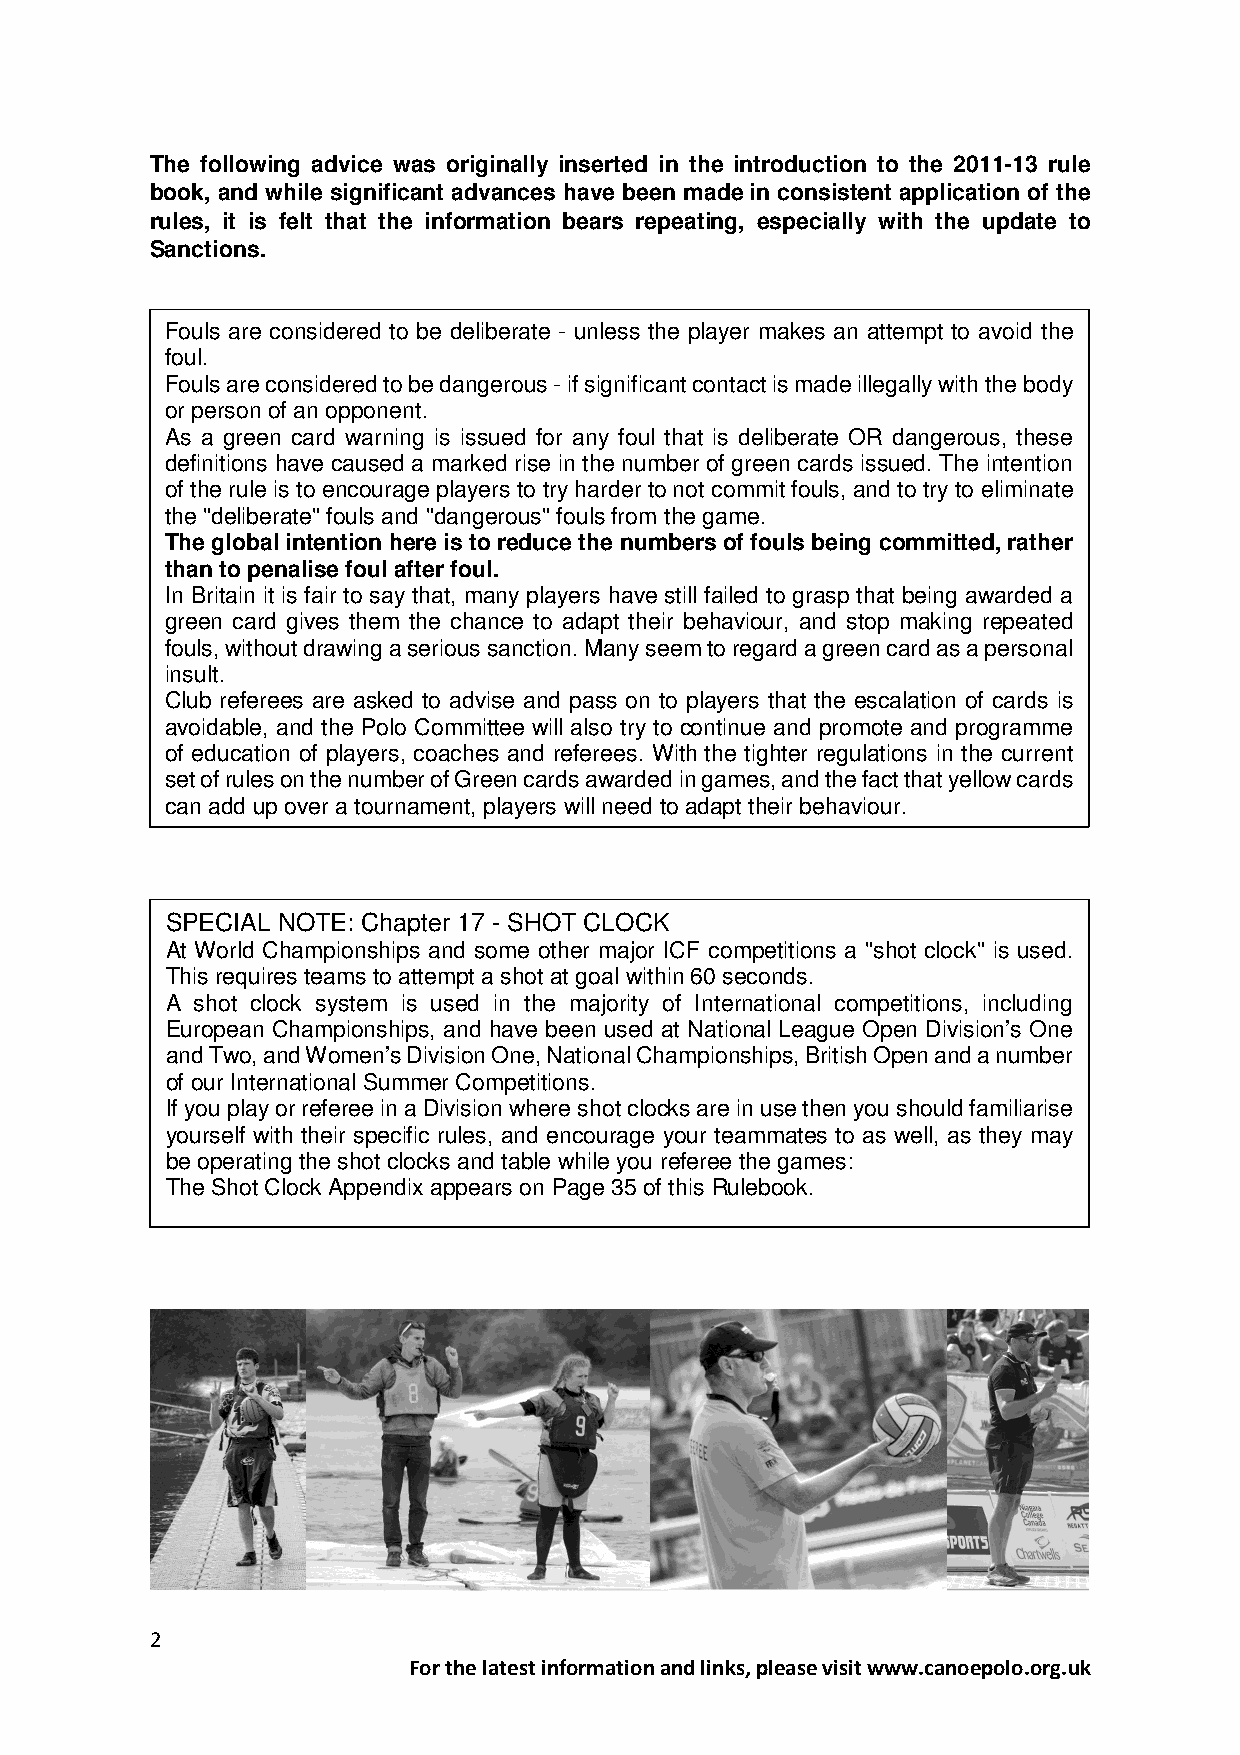
The following advice was originally inserted in the introduction to the 2011-13 rule
 book, and while significant advances have been made in consistent application of the
 rules, it is felt that the information bears repeating, especially with the update to
 Sanctions.
 Fouls are considered to be deliberate - unless the player makes an attempt to avoid the
 foul.
 Fouls are considered to be dangerous - if significant contact is made illegally with the body
 or person of an opponent.
 As a green card warning is issued for any foul that is deliberate OR dangerous, these
 definitions have caused a marked rise in the number of green cards issued. The intention
 of the rule is to encourage players to try harder to not commit fouls, and to try to eliminate
 the "deliberate" fouls and "dangerous" fouls from the game.
 The global intention here is to reduce the numbers of fouls being committed, rather
 than to penalise foul after foul.
 In Britain it is fair to say that, many players have still failed to grasp that being awarded a
 green card gives them the chance to adapt their behaviour, and stop making repeated
 fouls, without drawing a serious sanction. Many seem to regard a green card as a personal
 insult.
 Club referees are asked to advise and pass on to players that the escalation of cards is
 avoidable, and the Polo Committee will also try to continue and promote and programme
 of education of players, coaches and referees. With the tighter regulations in the current
 set of rules on the number of Green cards awarded in games, and the fact that yellow cards
 can add up over a tournament, players will need to adapt their behaviour.
 SPECIAL NOTE: Chapter 17 - SHOT CLOCK
 At World Championships and some other major ICF competitions a "shot clock" is used.
 This requires teams to attempt a shot at goal within 60 seconds.
 A shot clock system is used in the majority of International competitions, including
 European Championships, and have been used at National League Open Division’s One
 and Two, and Women’s Division One, National Championships, British Open and a number
 of our International Summer Competitions.
 If you play or referee in a Division where shot clocks are in use then you should familiarise
 yourself with their specific rules, and encourage your teammates to as well, as they may
 be operating the shot clocks and table while you referee the games:
 The Shot Clock Appendix appears on Page 35 of this Rulebook.
 2
 For the latest information and links, please visit www.canoepolo.org.uk